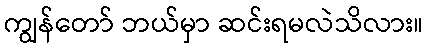
ကျွန်တော် ဘယ်မှာ ဆင်းရမလဲသိလား။